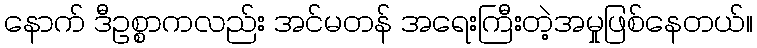
နောက် ဒီဥစ္စာကလည်း အင်မတန် အရေးကြီးတဲ့အမှုဖြစ်နေတယ်။